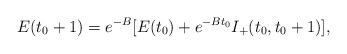
LaTeX: \begin{align*}E(t_0+1)=e^{-B}[E(t_0)+e^{-Bt_0}I_+(t_0,t_0+1)],\end{align*}